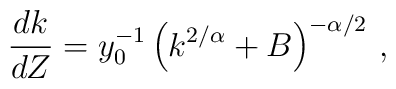
\frac {dk}{dZ} =y_0^{-1} \left( k^{2/\alpha} +B\right)^{-\alpha/2} \,,